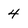
Character: 4